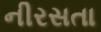
નીરસતા